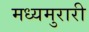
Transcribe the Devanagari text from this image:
मध्यमुरारी